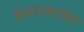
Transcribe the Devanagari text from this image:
केसराबरोबर